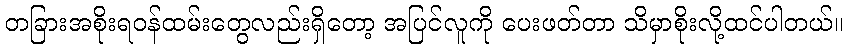
တခြားအစိုးရဝန်ထမ်းတွေလည်းရှိတော့ အပြင်လူကို ပေးဖတ်တာ သိမှာစိုးလို့ထင်ပါတယ်။